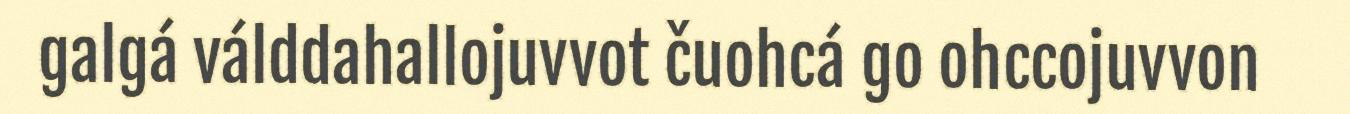
galgá válddahallojuvvot čuohcá go ohccojuvvon